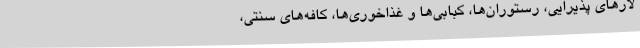
لارهای پذیرایی، رستوران‌ها، کبابی‌ها و غذاخوری‌ها، کافه‌های سنتی،